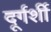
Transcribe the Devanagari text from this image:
दूर्गर्शी